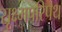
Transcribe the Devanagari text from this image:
सूक्ष्मपरिपथ